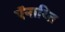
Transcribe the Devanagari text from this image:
ऍनाय्ति